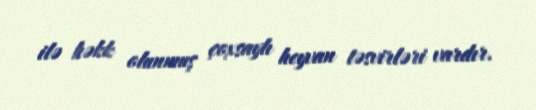
ilə həkk olunmuş çoxsaylı heyvan təsvirləri vardır.